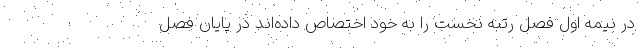
در نیمه‌ اول فصل رتبه نخست را به خود اختصاص داده‌اند در پایان فصل